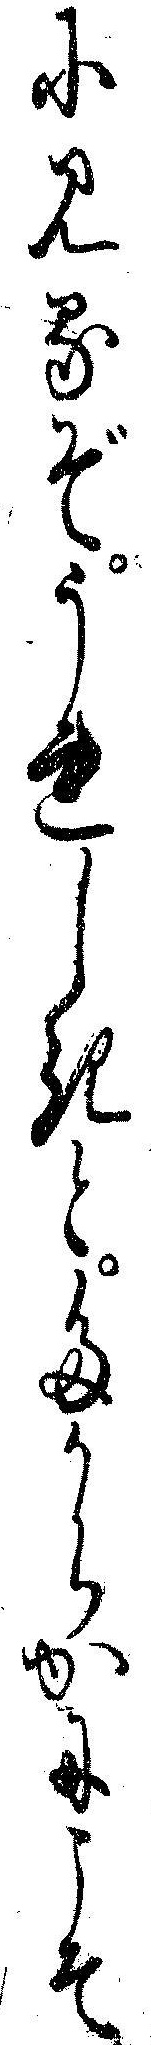
にみるぞうれしきとたからかにこそ